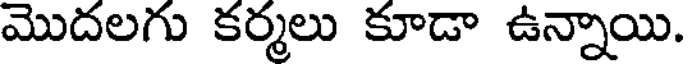
మొదలగు కర్మలు కూడా ఉన్నాయి.